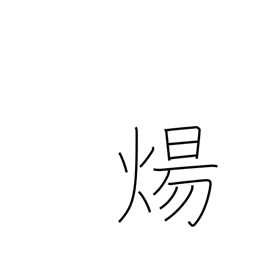
Meaning: burn